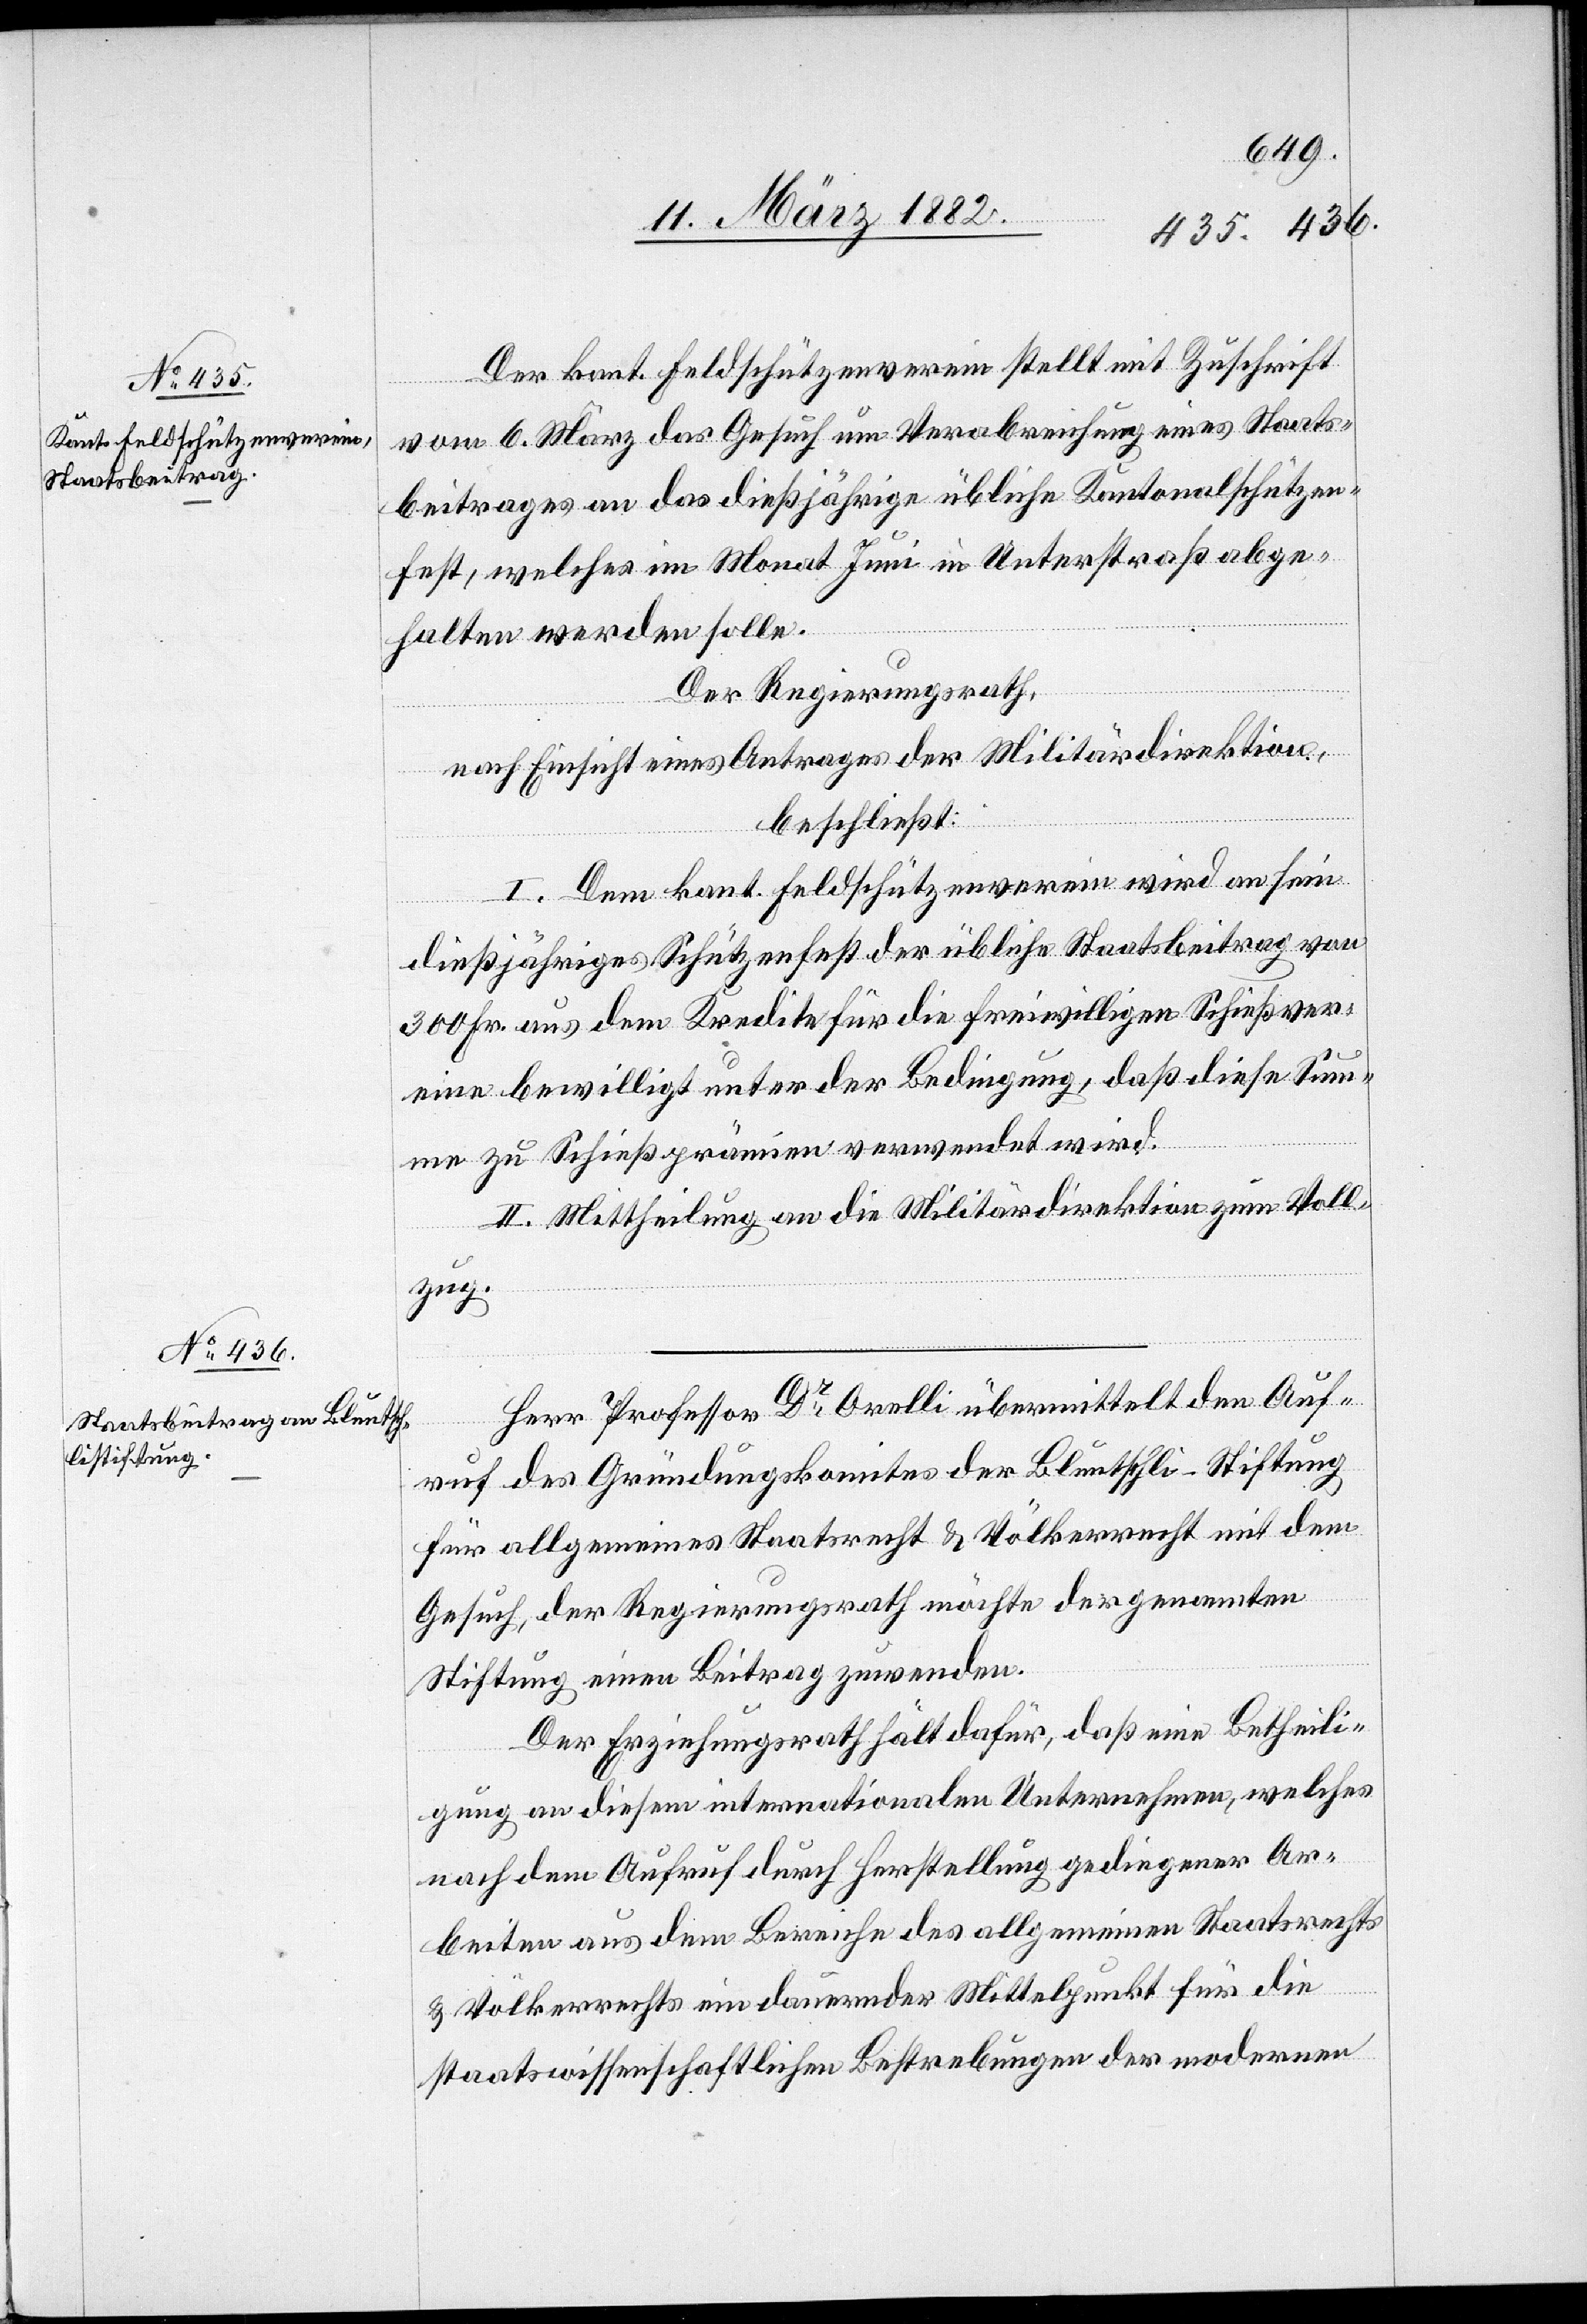
Der kant. Feldschützenverein stellt mit Zuschrift
vom 6. März das Gesuch um Verabreichung eines Staats¬
beitrages an das dießjährige übliche Kantonalstützen¬
fest, welches im Monat Juni in Unterstraß abge¬
halten werden solle.
Der Regierungsrath,
nach Einsicht eines Antrages der Militärdirektion,
beschließt:
I. Dem kant. Feldschützenverein wird an sein
dießjähriges Schützenfest der übliche Staatsbeitrag von
300 Fr. aus dem Kredite für die freiwilligen Schießver¬
eine bewilligt unter der Bedingung, daß diese Sum¬
me zu Schießprämien verwendet wird.
II. Mittheilung an die Militärsdirektion zum Voll¬
zug.
Herr Professor Dr Ornelli übermittelt den Auf¬
ruf des Gründungskomites der Bluntschli-Stiftung,
für allgemeines Staatsrecht & Völkerrecht mit dem
Gesuch, der Regierungsrath möchte der genannten
Stiftung einen Beitrag zuwenden.
Der Erziehungsrath hält dafür, daß eine Betheili¬
gung an diesem internationalen Unternehmen, welches
nach dem Aufruf durch Herstellung gediegener Ar¬
beiten aus dem Bereiche des allgemeinen Staatsrechts
& Völkerrecht ein dauernder Mittelpunkt für die
staatswissenschaftlichen Bestrebungen der modernen